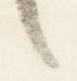
言